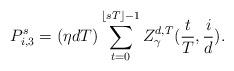
LaTeX: \begin{align*} P_{i,3}^s= (\eta d T) \sum_{t=0}^{\lfloor sT\rfloor-1} Z^{d,T}_{\gamma}(\frac{t}{T},\frac{i}{d}). \end{align*}